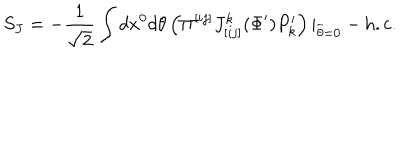
LaTeX: S _ { J } = - { \frac { 1 } { \sqrt 2 } } \int d x ^ { 0 } d \theta \left( \Pi ^ { [ i j ] } J _ { [ i j ] } ^ { k } ( \Phi ^ { \prime } ) P _ { k } ^ { \prime } \right) | _ { \overline { { { \theta } } } = 0 } - \mathrm { h . c . }